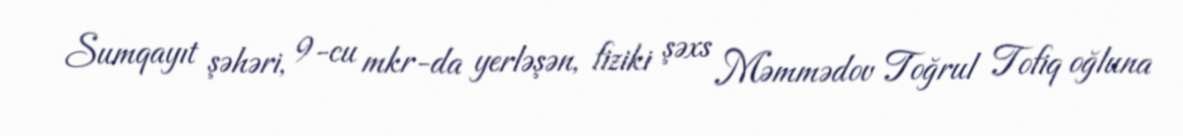
Sumqayıt şəhəri, 9-cu mkr-da yerləşən, fiziki şəxs Məmmədov Toğrul Tofiq oğluna